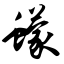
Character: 蠓